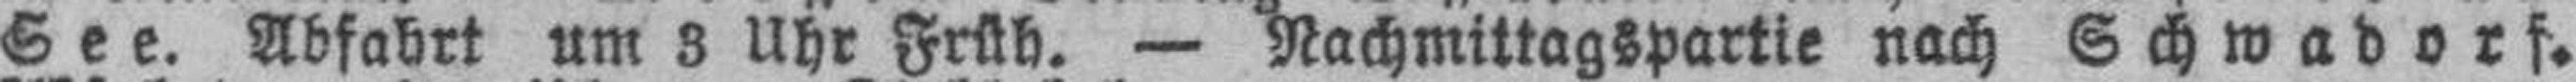
See. Abfahrt um 3 Uhr Früh. — Nachmittagspartie nach Schwadorf.